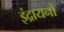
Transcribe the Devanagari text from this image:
इंद्रायनों